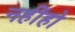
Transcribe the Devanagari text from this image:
नहींहो